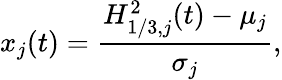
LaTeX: x_{j}(t)=\frac{H_{1/3,j}^{2}(t)-\mu_{j}}{\sigma_{j}},